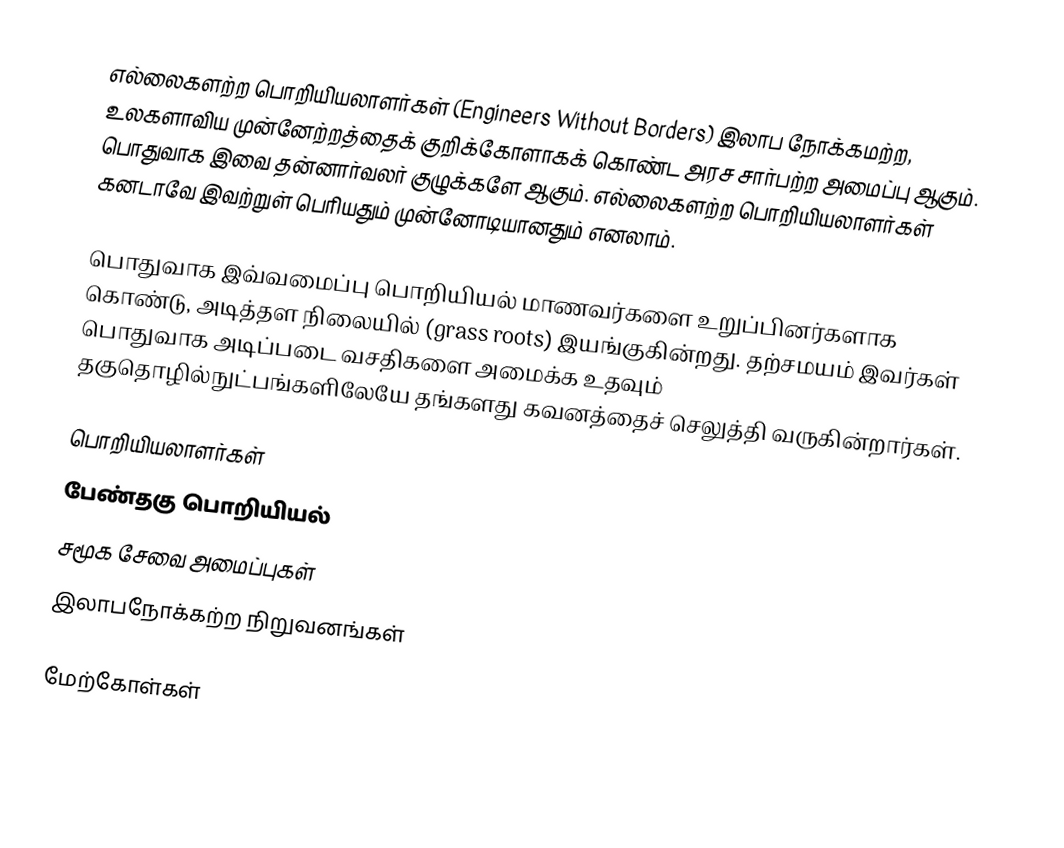
எல்லைகளற்ற பொறியியலாளர்கள் (Engineers Without Borders) இலாப நோக்கமற்ற, உலகளாவிய முன்னேற்றத்தைக் குறிக்கோளாகக் கொண்ட அரச சார்பற்ற அமைப்பு ஆகும். பொதுவாக இவை தன்னார்வலர் குழுக்களே ஆகும்.  எல்லைகளற்ற பொறியியலாளர்கள் கனடாவே இவற்றுள் பெரியதும் முன்னோடியானதும் எனலாம்.

பொதுவாக இவ்வமைப்பு பொறியியல் மாணவர்களை உறுப்பினர்களாக கொண்டு, அடித்தள நிலையில் (grass roots) இயங்குகின்றது.  தற்சமயம் இவர்கள் பொதுவாக அடிப்படை வசதிகளை அமைக்க உதவும் தகுதொழில்நுட்பங்களிலேயே தங்களது கவனத்தைச் செலுத்தி வருகின்றார்கள்.

பொறியியலாளர்கள்
பேண்தகு பொறியியல்
சமூக சேவை அமைப்புகள்
இலாபநோக்கற்ற நிறுவனங்கள்

மேற்கோள்கள்